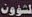
لشؤون